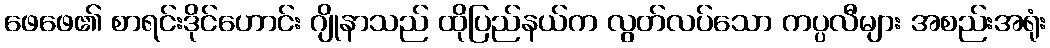
ဖေဖေ၏ စာရင်းဒိုင်ဟောင်း ဂျိုနာသည် ထိုပြည်နယ်က လွတ်လပ်သော ကပ္ပလီများ အစည်းအရုံး